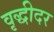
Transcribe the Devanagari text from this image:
वृद्धीदर